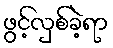
ဖွင့်လှစ်ခဲ့ရာ